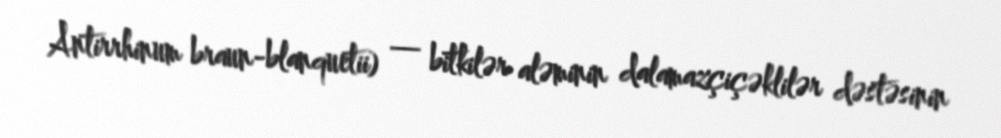
Antirrhinum braun-blanquetii) — bitkilər aləminin dalamazçiçəklilər dəstəsinin